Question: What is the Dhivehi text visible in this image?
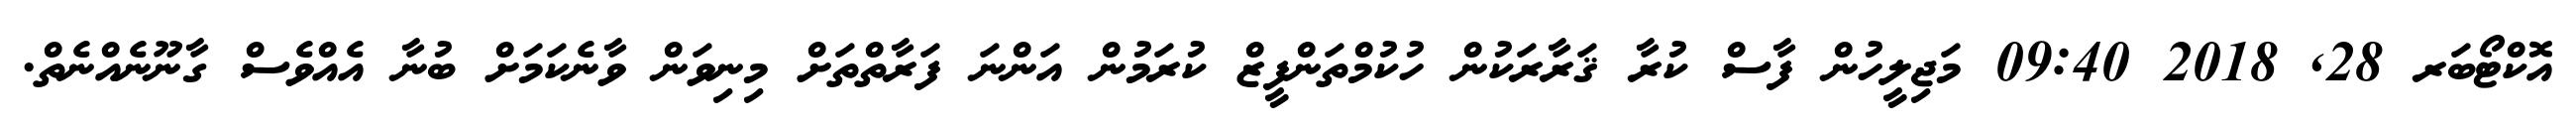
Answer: އޮކްޓޯބަރ 28, 2018 09:40 މަޖިލީހުން ފާސް ކުރާ ޤަރާރަކުން ހުކުމްތަންފީޒް ކުރަމުން އަންނަ ފަރާތްތަށް މިނިވަން ވާނެކަމަށް ބުނާ އެއްވެސް ގާނޫނެއްނެތް.